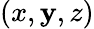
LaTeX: (x,\mathbf{y},z)